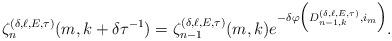
LaTeX: \begin{align*}\zeta^{(\delta,\ell,E,\tau)}_{n}(m,k+\delta\tau^{-1})=\zeta^{(\delta,\ell,E,\tau)}_{n-1}(m,k)e^{-\delta\varphi\Big(D^{(\delta,\ell,E,\tau)}_{n-1,k},i_m\Big)}.\end{align*}